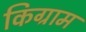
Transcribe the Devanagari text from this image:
किग्राम